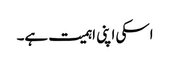
اسکی اپنی اہمیت ہے۔